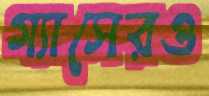
গ্যাসেরও